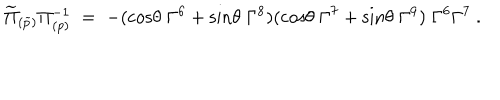
\widetilde \Pi _ { ( \widetilde p ) } \Pi _ { ( p ) } ^ { - 1 } \; = \; - ( \mathrm { c o s } \theta \; \Gamma ^ { 6 } + \mathrm { s i n } \theta \; \Gamma ^ { 8 } ) ( \mathrm { c o s } \theta \; \Gamma ^ { 7 } + \mathrm { s i n } \theta \; \Gamma ^ { 9 } ) \; \Gamma ^ { 6 } \Gamma ^ { 7 } \ .